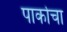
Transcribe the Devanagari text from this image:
पार्काचा